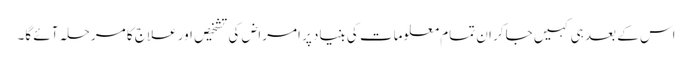
اس کے بعد ہی کہیں جاکر ان تمام معلومات کی بنیاد پر امراض کی تشخیص اور علاج کا مرحلہ آئے گا۔